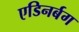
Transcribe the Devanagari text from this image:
एडिनर्बग